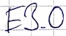
Text: E3.0